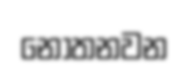
නොතනවන